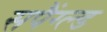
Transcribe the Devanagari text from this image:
सपैंग्ल्ड